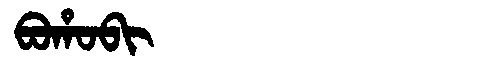
Manchu: ᠪᠣᡥᠣᠪᡳ
Romanization: BOHOBI